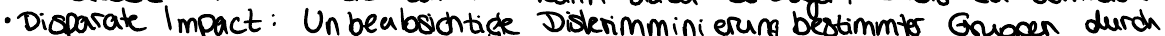
Disparate Impact : Unbeabsichtigte Diskriminierung bestimmter Gruppen durch